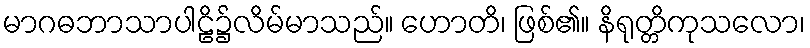
မာဂဓဘာသာပါဠိ၌လိမ်မာသည်။ ဟောတိ၊ ဖြစ်၏။ နိရုတ္တိကုသလော၊